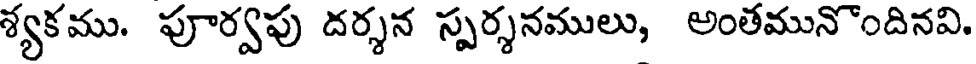
శ్యకము. పూర్వపు దర్శన స్పర్శనములు, అంతమునొందినవి.